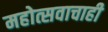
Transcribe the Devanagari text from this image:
महोत्सवाचाही